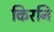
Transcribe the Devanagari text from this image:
किरनि